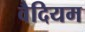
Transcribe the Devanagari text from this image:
वैदियम